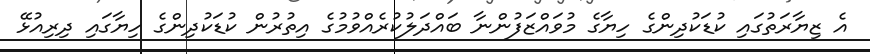
އެ ޒިޔާރަތުގައި ކުޑަކުދިންގެ ހިޔާގެ މުވައްޒަފުންނާ ބައްދަލުކުރެއްވުމުގެ އިތުރުން ކުޑަކުދިންގެ ހިޔާގައި ދިރިއުޅޭ